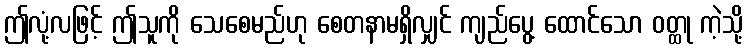
ဤလုံ့လဖြင့် ဤသူကို သေစေမည်ဟု စေတနာမရှိလျှင် ကျည်ပွေ့ ထောင်သော ဝတ္ထု ကဲ့သို့